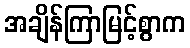
အချိန်ကြာမြင့်စွာက